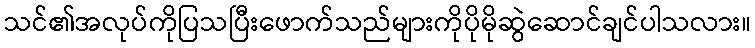
သင်၏အလုပ်ကိုပြသပြီးဖောက်သည်များကိုပိုမိုဆွဲဆောင်ချင်ပါသလား။